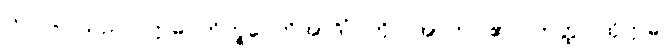
ဘဂဝါ၊ သည်။ ဣဓ ဘိက္ခဝေတိအာဒိံ၊ ကို။ အာဟ၊ ၏။ တတ္ထ၊ ထိုဣဓ